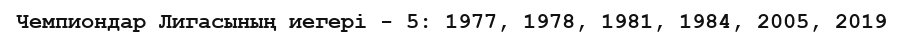
Чемпиондар Лигасының иегері - 5: 1977, 1978, 1981, 1984, 2005, 2019